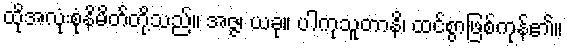
ထိုအလုံးစုံနိမိတ်တို့သည်။ အဇ္ဇ၊ ယခု။ ပါကုသူတာနိ၊ ထင်စွာဖြစ်ကုန်၏။